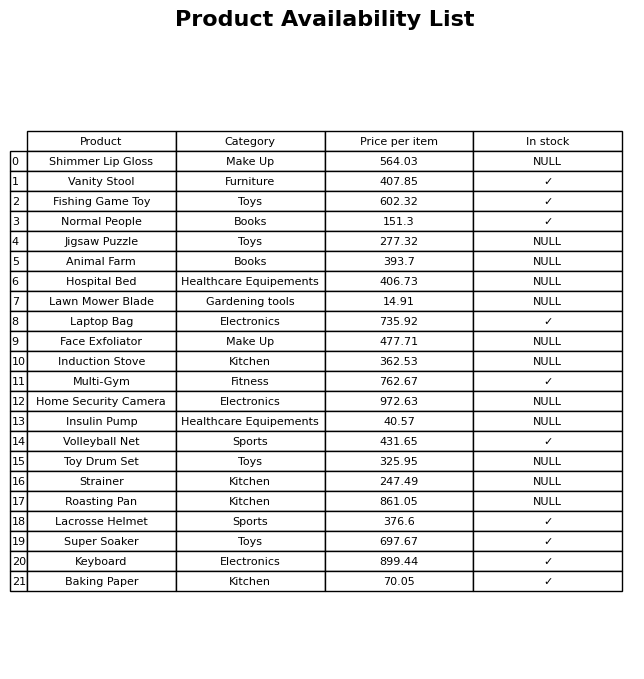
question: What is the price for Hospital Bed?
answer: The price of Hospital Bed is 406.73.